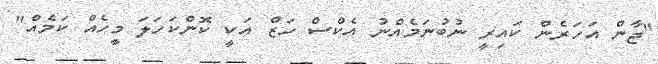
"ޖާން އަހަރެން ކައިރީ ނުބުނަމެއްނު އެކްސް ހަޒް އަކީ ކޮންކަހަލަ މީހެއް ކަމެއް"